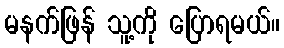
မနက်ဖြန် သူ့ကို ပြောရမယ်။